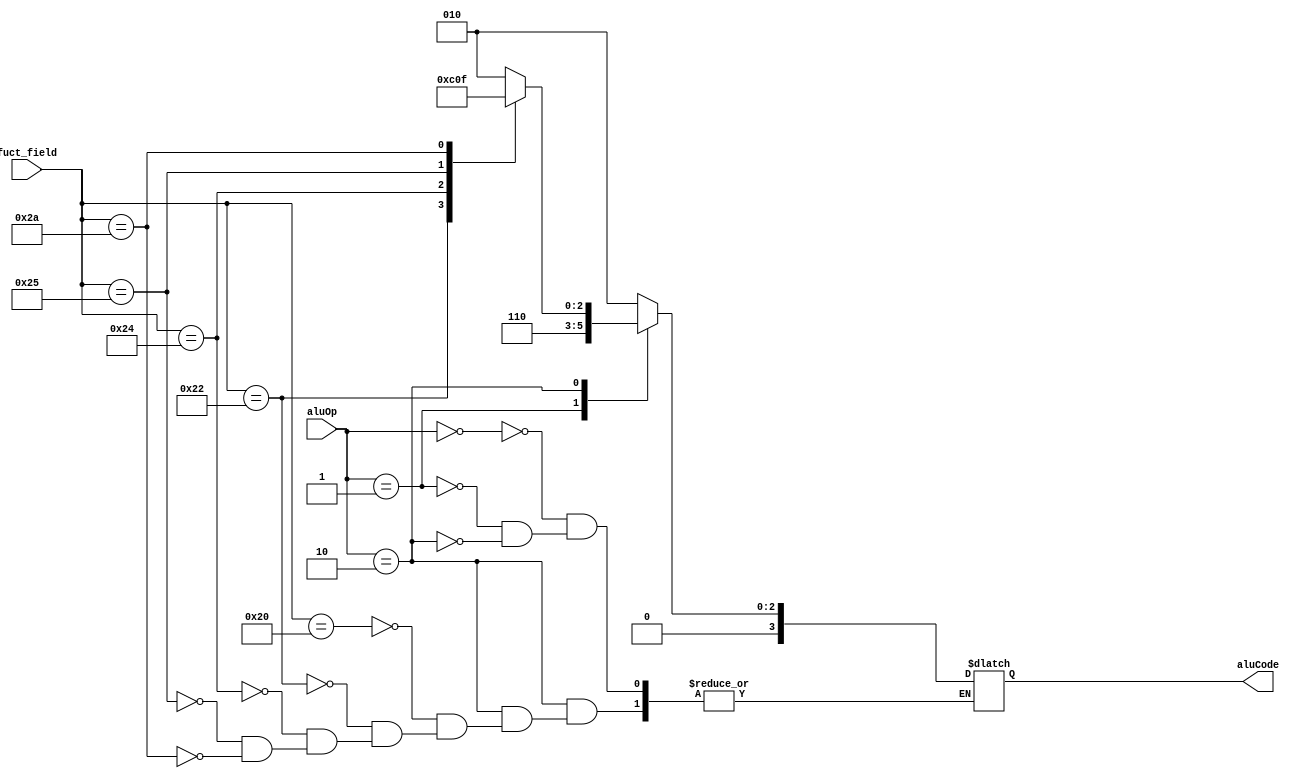
module aluControl(aluOp,fuct_field,aluCode);
	input [5:0] fuct_field;
	input [1:0] aluOp;
	output [3:0] aluCode;
	
	reg [3:0] temp;
	
	always @ (fuct_field or aluOp) 
		case (aluOp) 
			2'b00 : temp = 4'b0010; // add
			2'b01 : temp = 4'b0110; // subtract
			2'b10 : begin
						case (fuct_field)
							6'b100000 : temp = 4'b0010; // add
							6'b100010 : temp = 4'b0110; // subtract
							6'b100100 : temp = 4'b0000; // AND
							6'b100101 : temp = 4'b0001; // OR
							6'b101010 : temp = 4'b0111; // SLT
							default : $display("Error in fuct_field"); 
						endcase
					end
		default : $display("Error in ALUOp"); 
	endcase 
	
	assign aluCode = temp;
endmodule